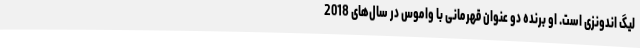
لیگ اندونزی است. او برنده دو عنوان قهرمانی با واموس در سال‌های 2018